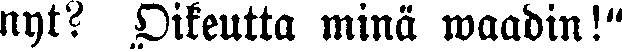
nyt? Oikeutta minä waadin!"